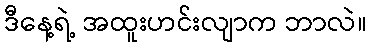
ဒီနေ့ရဲ့ အထူးဟင်းလျာက ဘာလဲ။